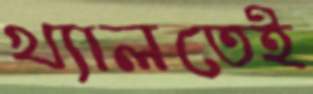
খ্যালতেই